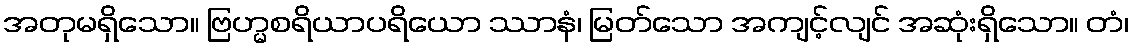
အတုမရှိသော။ ဗြဟ္မစရိယာပရိယော ဿာနံ၊ မြတ်သော အကျင့်လျင် အဆုံးရှိသော။ တံ၊